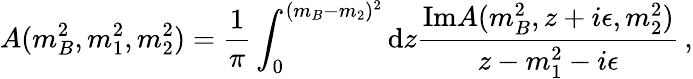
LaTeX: A(m_{B}^{2},m_{1}^{2},m_{2}^{2})={\frac{1}{\pi}}\int_{0}^{(m_{B}-m_{2})^{2}}{\mathrm d}z{\frac{\mathrm{Im}A(m_{B}^{2},z+i\epsilon,m_{2}^{2})}{z-m_{1}^{2}-i\epsilon}}\, ,